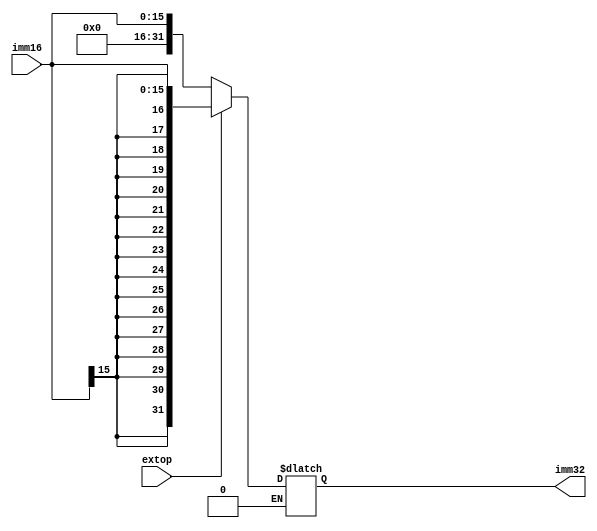
`timescale 1ns / 1ps
//////////////////////////////////////////////////////////////////////////////////
// Company: 
// Engineer: 
// 
// Design Name: 
// Module Name:    signext 
// Project Name: 
// Target Devices: 
// Tool versions: 
// Description: 
//
// Dependencies: 
//
// Revision: 
// Revision 0.01 - File Created
// Additional Comments: 
//
//////////////////////////////////////////////////////////////////////////////////
module signext(
    input [15:0] imm16,
    input extop,
    output reg [31:0] imm32
    );
	 always @ * begin
		if(extop==1)begin
			imm32 = {{16{imm16[15]}},imm16};
		end
		else if(extop==0)begin
			imm32 = {16'b0000000000000000,imm16};
		end
	 end


endmodule